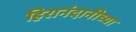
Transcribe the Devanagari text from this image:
हिरानंदानीच्या